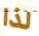
لذا